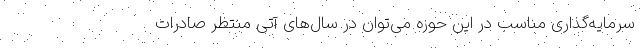
سرمایه‌گذاری مناسب در این حوزه می‌توان در سال‌های آتی منتظر صادرات